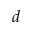
d